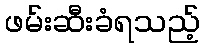
ဖမ်းဆီးခံရသည့်